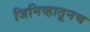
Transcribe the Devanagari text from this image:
जिनिव्हातूनच